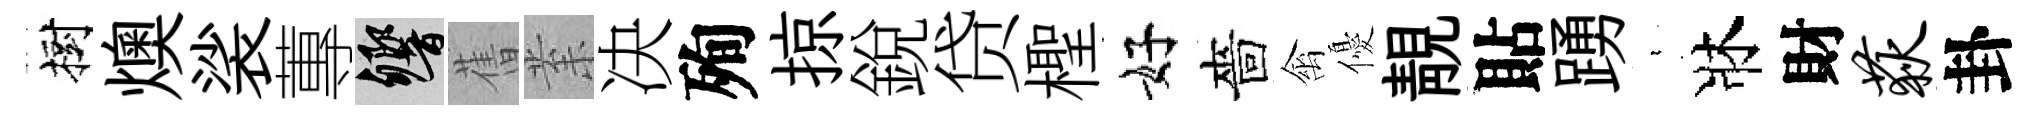
樹燠裟蓴響𦾔𭪙决殉掠銳贷檉好嗇禽優靚貼踴裊牀財荻卦